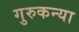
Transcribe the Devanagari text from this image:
गुरुकन्या